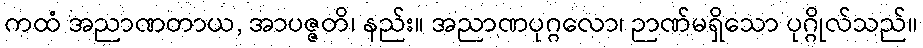
ကထံ အညာဏတာယ, အာပဇ္ဇတိ၊ နည်း။ အညာဏပုဂ္ဂလော၊ ဉာဏ်မရှိသော ပုဂ္ဂိုလ်သည်။